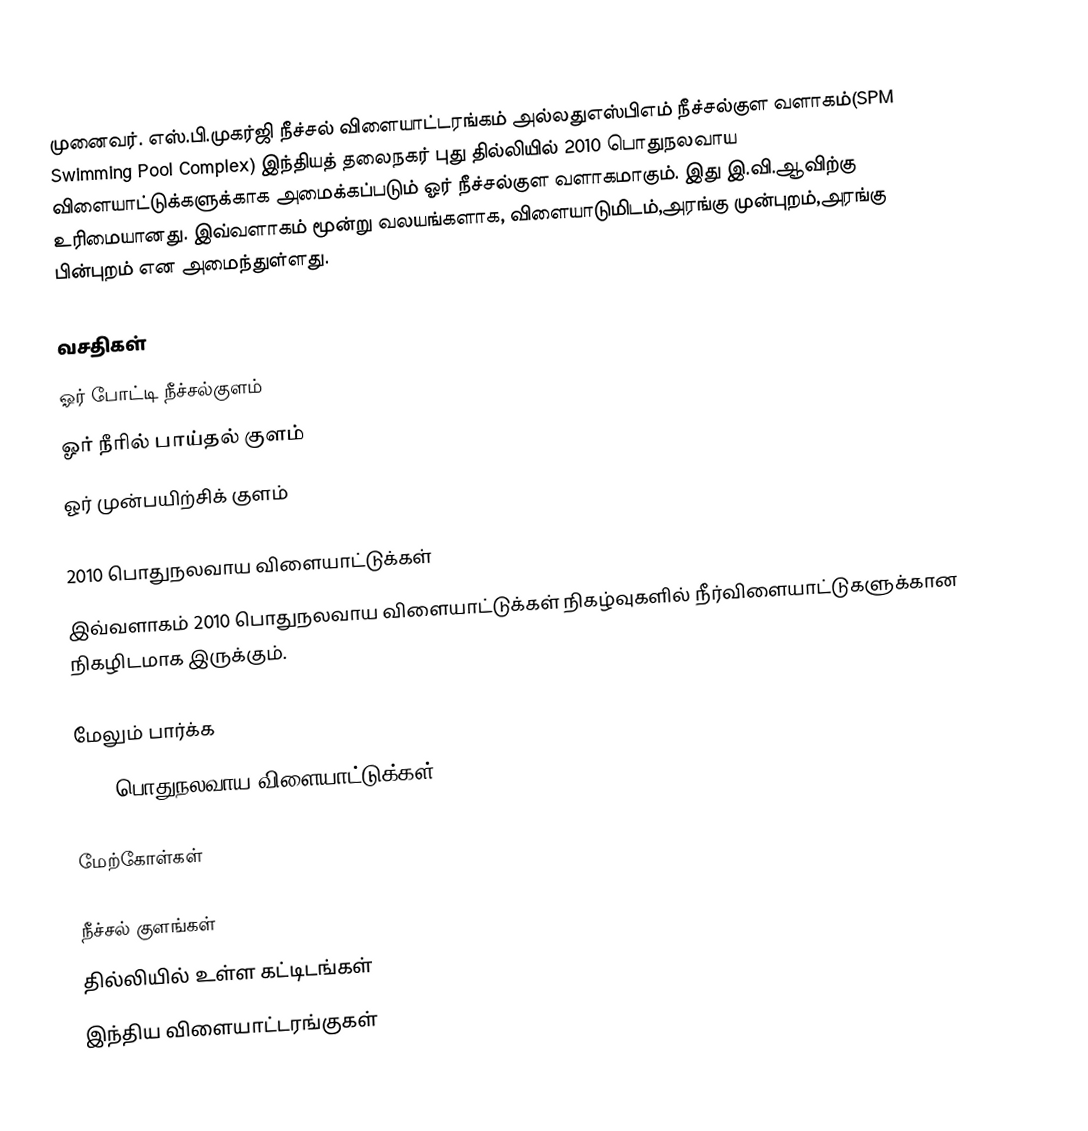
முனைவர். எஸ்.பி.முகர்ஜி  நீச்சல் விளையாட்டரங்கம் அல்லதுஎஸ்பிஎம் நீச்சல்குள வளாகம்(SPM Swimming Pool Complex) இந்தியத் தலைநகர்  புது தில்லியில் 2010 பொதுநலவாய விளையாட்டுக்களுக்காக அமைக்கப்படும் ஓர் நீச்சல்குள வளாகமாகும்.  இது இ.வி.ஆவிற்கு உரிமையானது. இவ்வளாகம் மூன்று வலயங்களாக, விளையாடுமிடம்,அரங்கு முன்புறம்,அரங்கு பின்புறம் என அமைந்துள்ளது.

வசதிகள்
 ஓர் போட்டி நீச்சல்குளம்
 ஓர் நீரில் பாய்தல் குளம்
 ஓர் முன்பயிற்சிக் குளம்

2010 பொதுநலவாய விளையாட்டுக்கள்
இவ்வளாகம் 2010 பொதுநலவாய விளையாட்டுக்கள் நிகழ்வுகளில் நீர்விளையாட்டுகளுக்கான நிகழிடமாக இருக்கும்.

மேலும் பார்க்க
2010 பொதுநலவாய விளையாட்டுக்கள்

மேற்கோள்கள்

நீச்சல் குளங்கள்
தில்லியில் உள்ள கட்டிடங்கள்
இந்திய விளையாட்டரங்குகள்